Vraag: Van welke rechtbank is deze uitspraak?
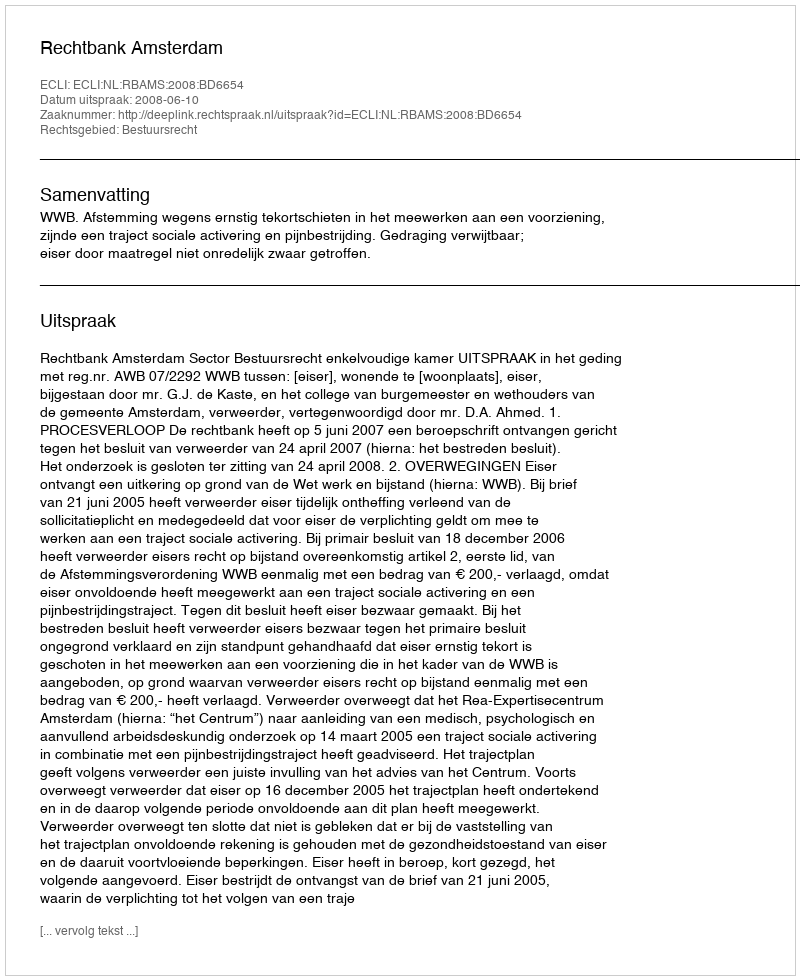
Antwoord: Rechtbank Amsterdam